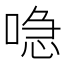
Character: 喼